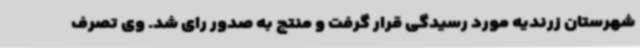
شهرستان زرندیه مورد رسیدگی قرار گرفت و منتج به صدور رای شد. وی تصرف